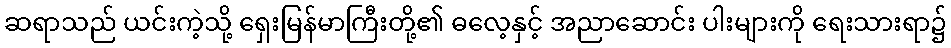
ဆရာသည် ယင်းကဲ့သို့ ရှေးမြန်မာကြီးတို့၏ ဓလေ့နှင့် အညာဆောင်း ပါးများကို ရေးသားရာ၌